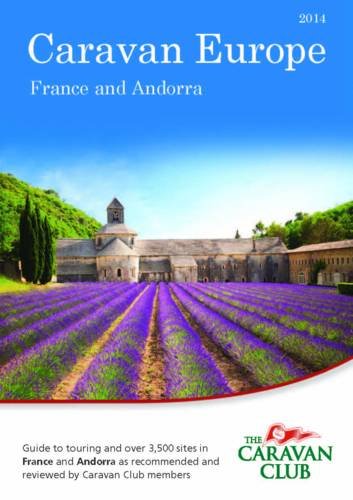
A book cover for Caravan Europe Guide to Sites and Touring in France 2014: Over 3500 Sites in France and Andorra as Recommended by Caravan Club Members; Caravan Club; Travel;